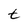
Character: t